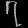
Digit: ၇